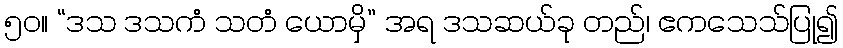
၅၀။ “ဒသ ဒသကံ သတံ ယောမှိ” အရ ဒသဆယ်ခု တည်၊ ဧကသေသ်ပြု၍